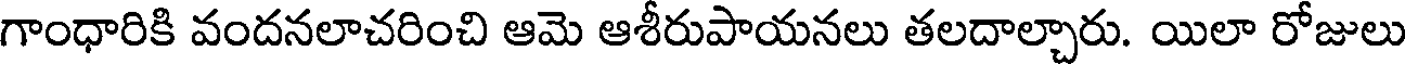
గాంధారికి వందనలాచరించి ఆమె ఆశీరుపాయనలు తలదాల్చారు. యిలా రోజులు